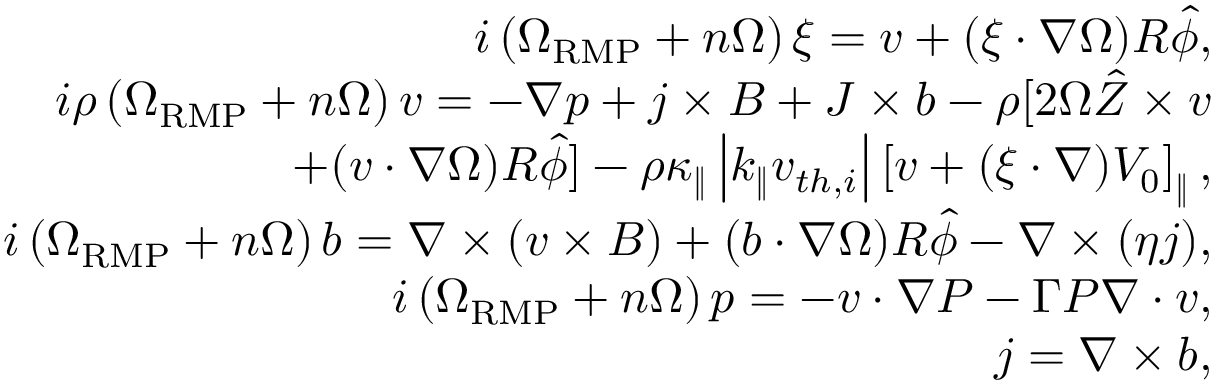
\begin{array} { r l r } & { } & { i \left( \Omega _ { \mathrm { R M P } } + n \Omega \right) \xi = v + ( \xi \cdot \nabla \Omega ) R \hat { \phi } , } \\ & { } & { i \rho \left( \Omega _ { \mathrm { R M P } } + n \Omega \right) v = - \nabla p + j \times B + J \times b - \rho [ 2 \Omega \hat { Z } \times v } \\ & { } & { \qquad + ( v \cdot \nabla \Omega ) R \hat { \phi } ] - \rho \kappa _ { \| } \left| k _ { \| } v _ { t h , i } \right| \left[ v + ( \xi \cdot \nabla ) V _ { 0 } \right] _ { \| } , } \\ & { } & { i \left( \Omega _ { \mathrm { R M P } } + n \Omega \right) b = \nabla \times ( v \times B ) + ( b \cdot \nabla \Omega ) R \hat { \phi } - \nabla \times ( \eta j ) , } \\ & { } & { i \left( \Omega _ { \mathrm { R M P } } + n \Omega \right) p = - v \cdot \nabla P - \Gamma P \nabla \cdot v , } \\ & { } & { j = \nabla \times b , } \end{array}